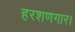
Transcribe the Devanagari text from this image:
हरशणगार।